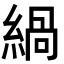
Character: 緺